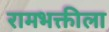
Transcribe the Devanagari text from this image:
रामभक्तीला